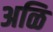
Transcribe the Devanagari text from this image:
अळि